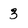
Character: 3